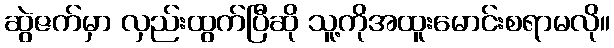
ဆွဲဇက်မှာ လှည်းထွက်ပြီဆို သူ့ကိုအထူးမောင်းစရာမလို။